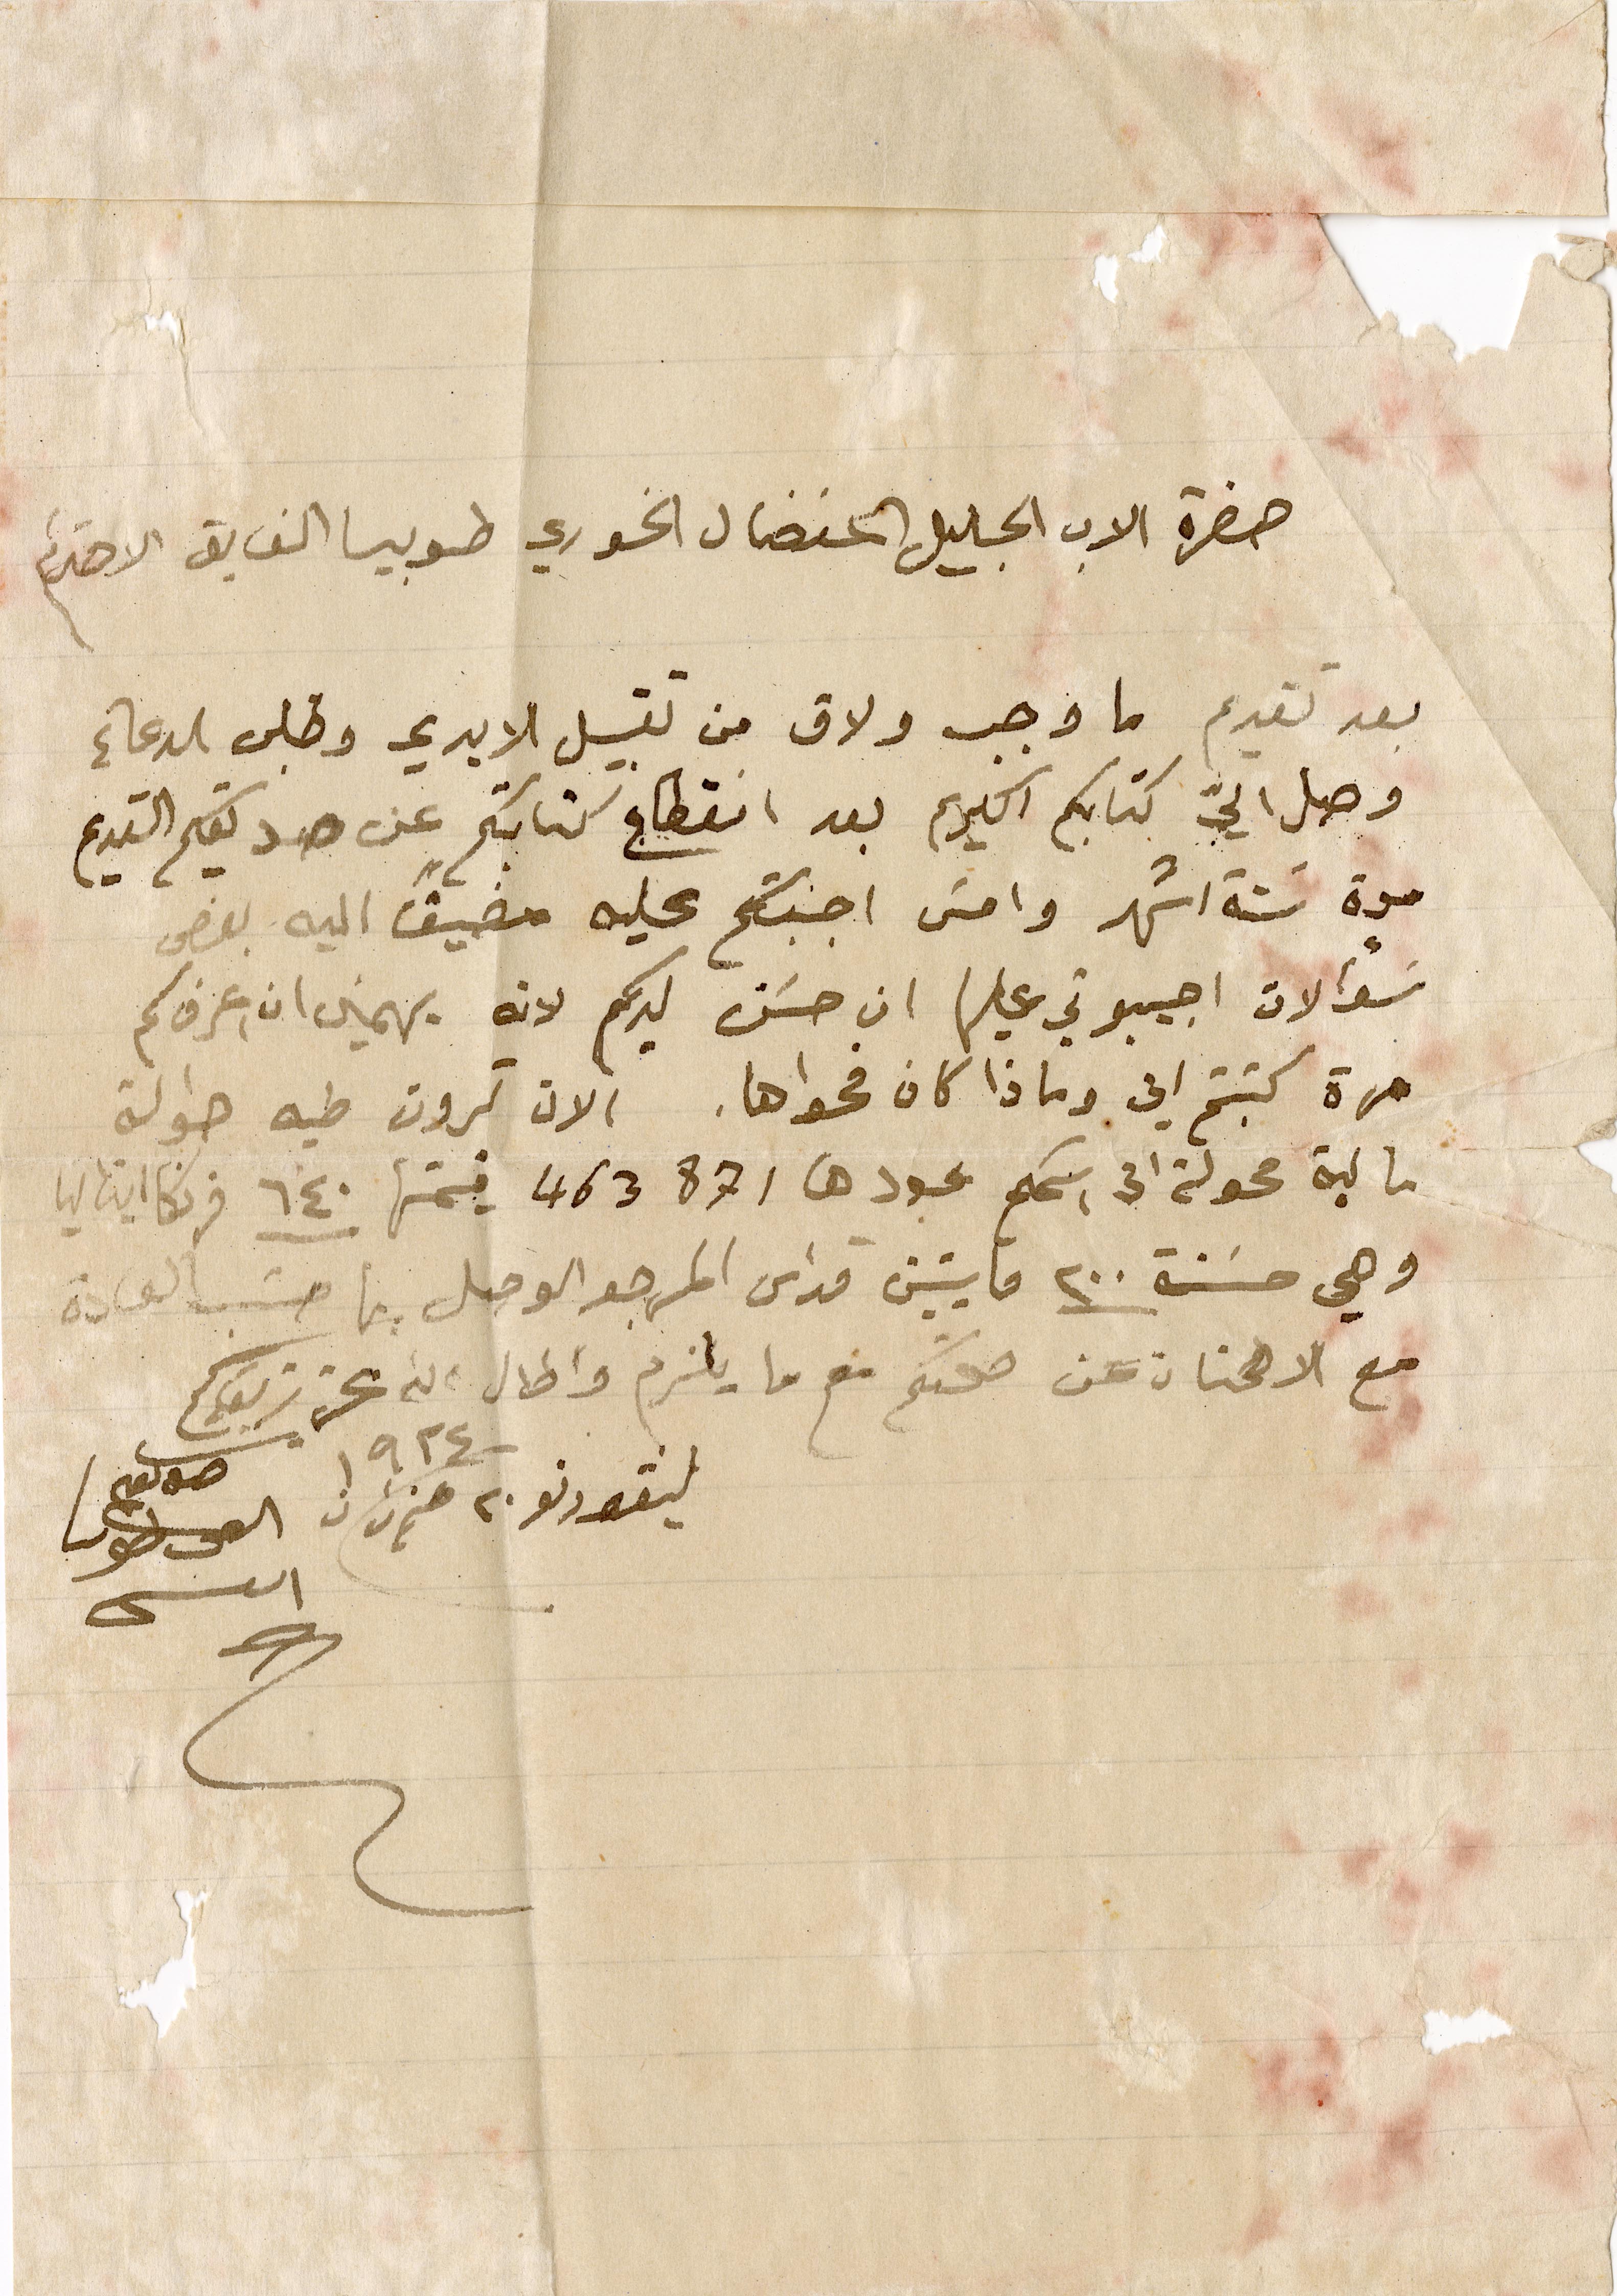
حضرة الاب الجليل المفضال الخوري طوبيا الفايق الاحترام
بعد تقديم ما وجب ولاق من تقبيل الايدي وطلب الدعاء
وصل اليّ كتابكم الكريم بعد انقطاع كتابتكم عن صديقكم القديم
مدة ستة اشهر وامسَ اجبتكم عليه مضيفاً اليه بعض
سؤالات اجيبوني عليها ان حسَن لديكم لانه يهمني ان اعرف كم
مرة كتبتم الي وماذا كان فحواها. الان ترون طيه حوالة
مالية محولة الى اسمكم عددها ٤٦٣٨٧١ قيمتها ٦٤٠ فرنكا ايتاليا
وهي حسنة ٢٠٠ مايتين قداس المرجو الوصل بها حسَب العادة
مع الاطمنان عن صحتكم مع ما يلزم واطال عزز بقاكم
ليفورنو ٢٠ حزيران ١٩٢٤
القس طوبيا
العنيسي